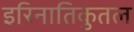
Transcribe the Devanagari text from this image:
इरिनातिकुतल